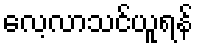
လေ့လာသင်ယူရန်